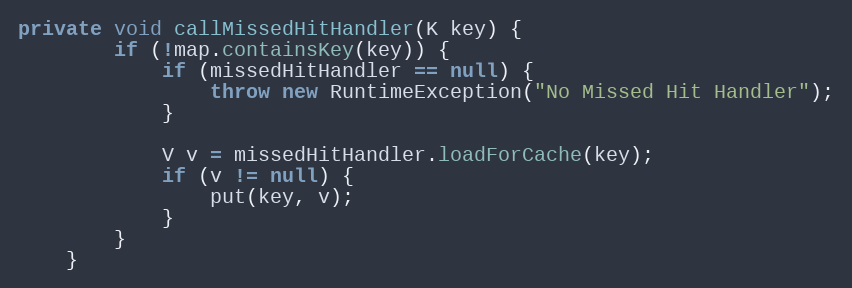
Language: Java
private void callMissedHitHandler(K key) {
		if (!map.containsKey(key)) {
			if (missedHitHandler == null) {
				throw new RuntimeException("No Missed Hit Handler");
			}

			V v = missedHitHandler.loadForCache(key);
			if (v != null) {
				put(key, v);
			}
		}
	}